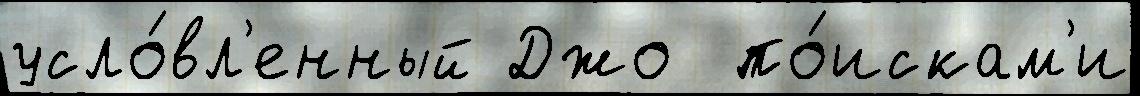
усло́вл'енный Джо  по́искам'и